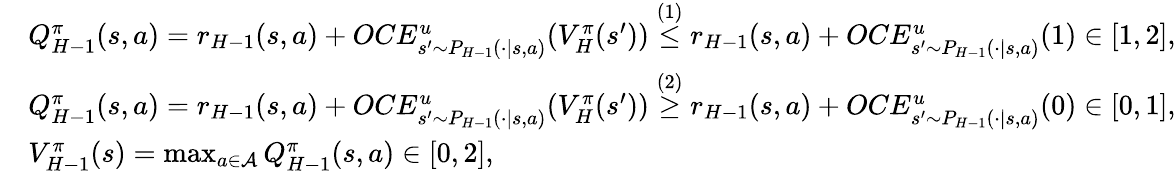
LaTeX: \begin{array}{rl}&{Q_{H-1}^{\pi}(s,a)=r_{H-1}(s,a)+OCE_{s^{\prime}\sim P_{H-1}(\cdot\vert s,a)}^{u}(V_{H}^{\pi}(s^{\prime}))\overset{(1)}{\leq}r_{H-1}(s,a)+OCE_{s^{\prime}\sim P_{H-1}(\cdot\vert s,a)}^{u}(1)\in[1,2],}\\ &{Q_{H-1}^{\pi}(s,a)=r_{H-1}(s,a)+OCE_{s^{\prime}\sim P_{H-1}(\cdot\vert s,a)}^{u}(V_{H}^{\pi}(s^{\prime}))\overset{(2)}{\geq}r_{H-1}(s,a)+OCE_{s^{\prime}\sim P_{H-1}(\cdot\vert s,a)}^{u}(0)\in[0,1],}\\ &{V_{H-1}^{\pi}(s)=\operatorname*{max}_{a\in\mathcal{A}}Q_{H-1}^{\pi}(s,a)\in[0,2],}\end{array}